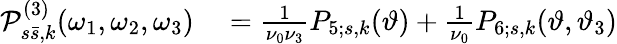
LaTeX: \begin{array}{rl}{\mathcal{P}_{s\bar{s},k}^{(3)}(\omega_{1},\omega_{2},\omega_{3})}&{{}=\frac{1}{\nu_{0}\nu_{3}}P_{5;s,k}(\vartheta)+\frac{1}{\nu_{0}}P_{6;s,k}(\vartheta,\vartheta_{3})}\end{array}